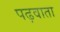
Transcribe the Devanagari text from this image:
पढ़वाता